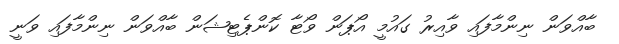
ބާއްވަން ނިންމާފައި ވާއިރު ގައުމީ އޯޕަން ވޯޓާ ކޮންޕެޓިޝަން ބާއްވަން ނިންމާފައި ވަނީ